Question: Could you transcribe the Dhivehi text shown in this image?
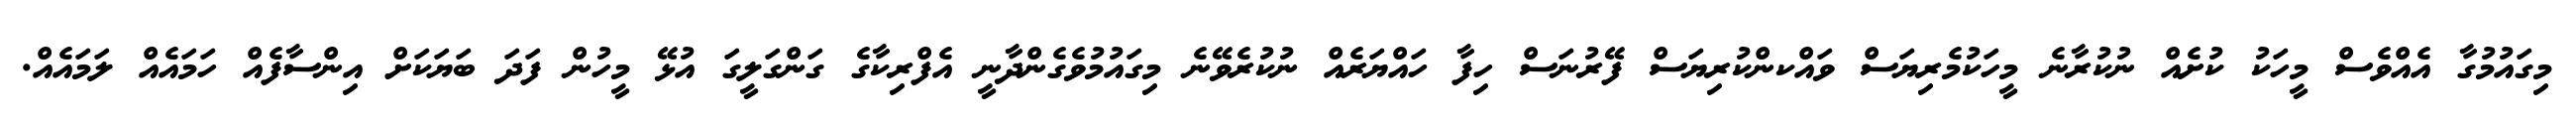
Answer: މިގައުމުގާ އެއްވެސް މީހަކު ކުށެއް ނުކުރާނެ މީހަކުމެރިޔަސް ވައްކންކުރިޔަސް ފޭރުނަސް ހިފާ ހައްޔަރެއް ނުކުރެވޭނެ މިގައުމުވެގެންދާނީ އެފްރިކާގެ ގަންގަލީގަ އުޅޭ މީހުން ފަދަ ބަޔަކަށް އިންސާފެއް ހަމައެއް ލަމައެއް.